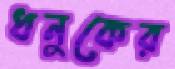
ধনুকের